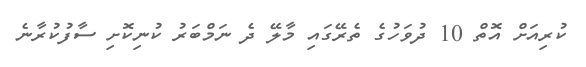
ކުރިއަށް އޮތް 10 ދުވަހުގެ ތެރޭގައި މާލޭ ދެ ނަމްބަރު ކުނިކޮށި ސާފުކުރާނެ